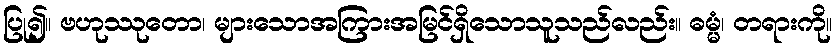
ပြု၍။ ဗဟုဿုတော၊ များသောအကြားအမြင်ရှိသောသူသည်လည်း။ ဓမ္မံ၊ တရားကို။